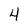
Character: 4